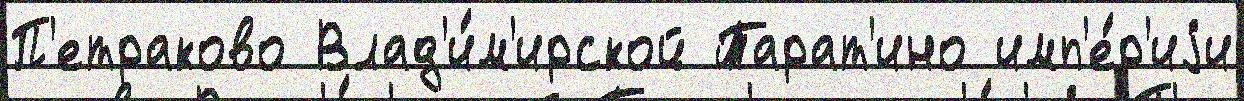
П'етраково Влад'и́м'ирской Тарат'ино имп'е́р'иjи